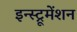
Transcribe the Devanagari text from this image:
इन्‍स्ट्रूमेंशन